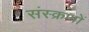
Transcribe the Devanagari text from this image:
संस्क्रणों